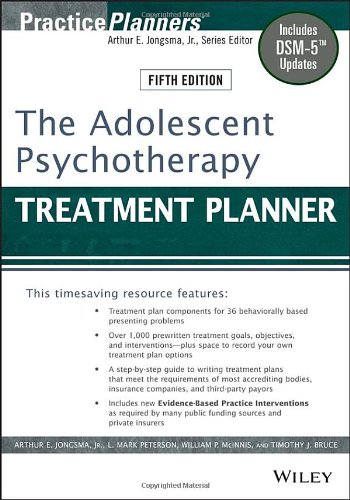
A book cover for The Adolescent Psychotherapy Treatment Planner: Includes DSM-5 Updates; Arthur E. Jongsma Jr.; Medical Books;